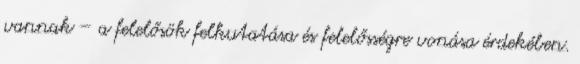
vannak – a felelősök felkutatása és felelősségre vonása érdekében.